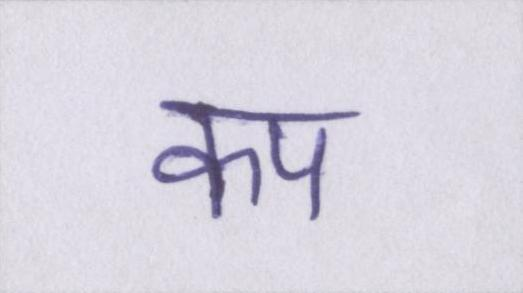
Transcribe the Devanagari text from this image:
कप